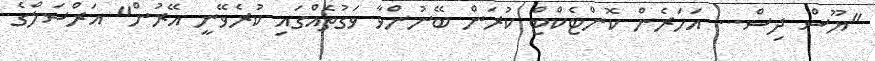
"ޔޫސް ދިސް... އަހަރެން ކޮންޓެކްޓް ކުރަން ބޭނުންވާ ވަގުތެއްގައި ކުރެވޭނީ އޭރުން" އަރްސަލްގެ